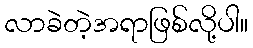
လာခဲတဲ့အရာဖြစ်လို့ပါ။